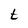
Character: t